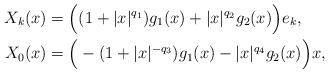
LaTeX: \begin{align*}X_k(x)&=\Big((1+|x|^{q_1})g_1(x)+|x|^{q_2}g_2(x)\Big)e_k,\\X_0(x)&=\Big(-(1+|x|^{-q_3})g_1(x)-|x|^{q_4}g_2(x)\Big)x,\end{align*}